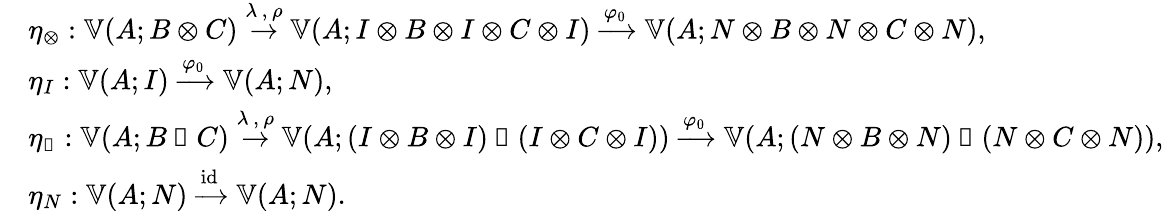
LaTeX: \begin{array}{rl}&{η_{⊗}:𝕍(A;B⊗C)\overset{\lambda\, ,\, \rho}{\to}𝕍(A;I⊗B⊗I⊗C⊗I)\xrightarrow[]{φ_{0}}𝕍(A;N⊗B⊗N⊗C⊗N),}\\ &{η_{I}:𝕍(A;I)\xrightarrow[]{φ_{0}}𝕍(A;N),}\\ &{η_{◁}:𝕍(A;B◁C)\overset{\lambda\, ,\, \rho}{\to}𝕍(A;(I⊗B⊗I)◁(I⊗C⊗I))\xrightarrow[]{φ_{0}}𝕍(A;(N⊗B⊗N)◁(N⊗C⊗N)),}\\ &{η_{N}:𝕍(A;N)\xrightarrow[]{\mathrm{id}}𝕍(A;N).}\end{array}